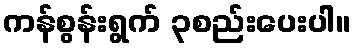
ကန်စွန်းရွက် ၃စည်းပေးပါ။